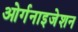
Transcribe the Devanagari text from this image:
ओर्गनाइजेशन